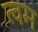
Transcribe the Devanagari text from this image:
त्वम